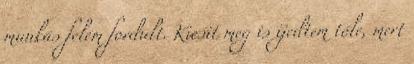
munkás felém fordult. Kicsit meg is ijedtem tőle, mert